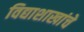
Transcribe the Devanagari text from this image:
विद्याशाखांचे